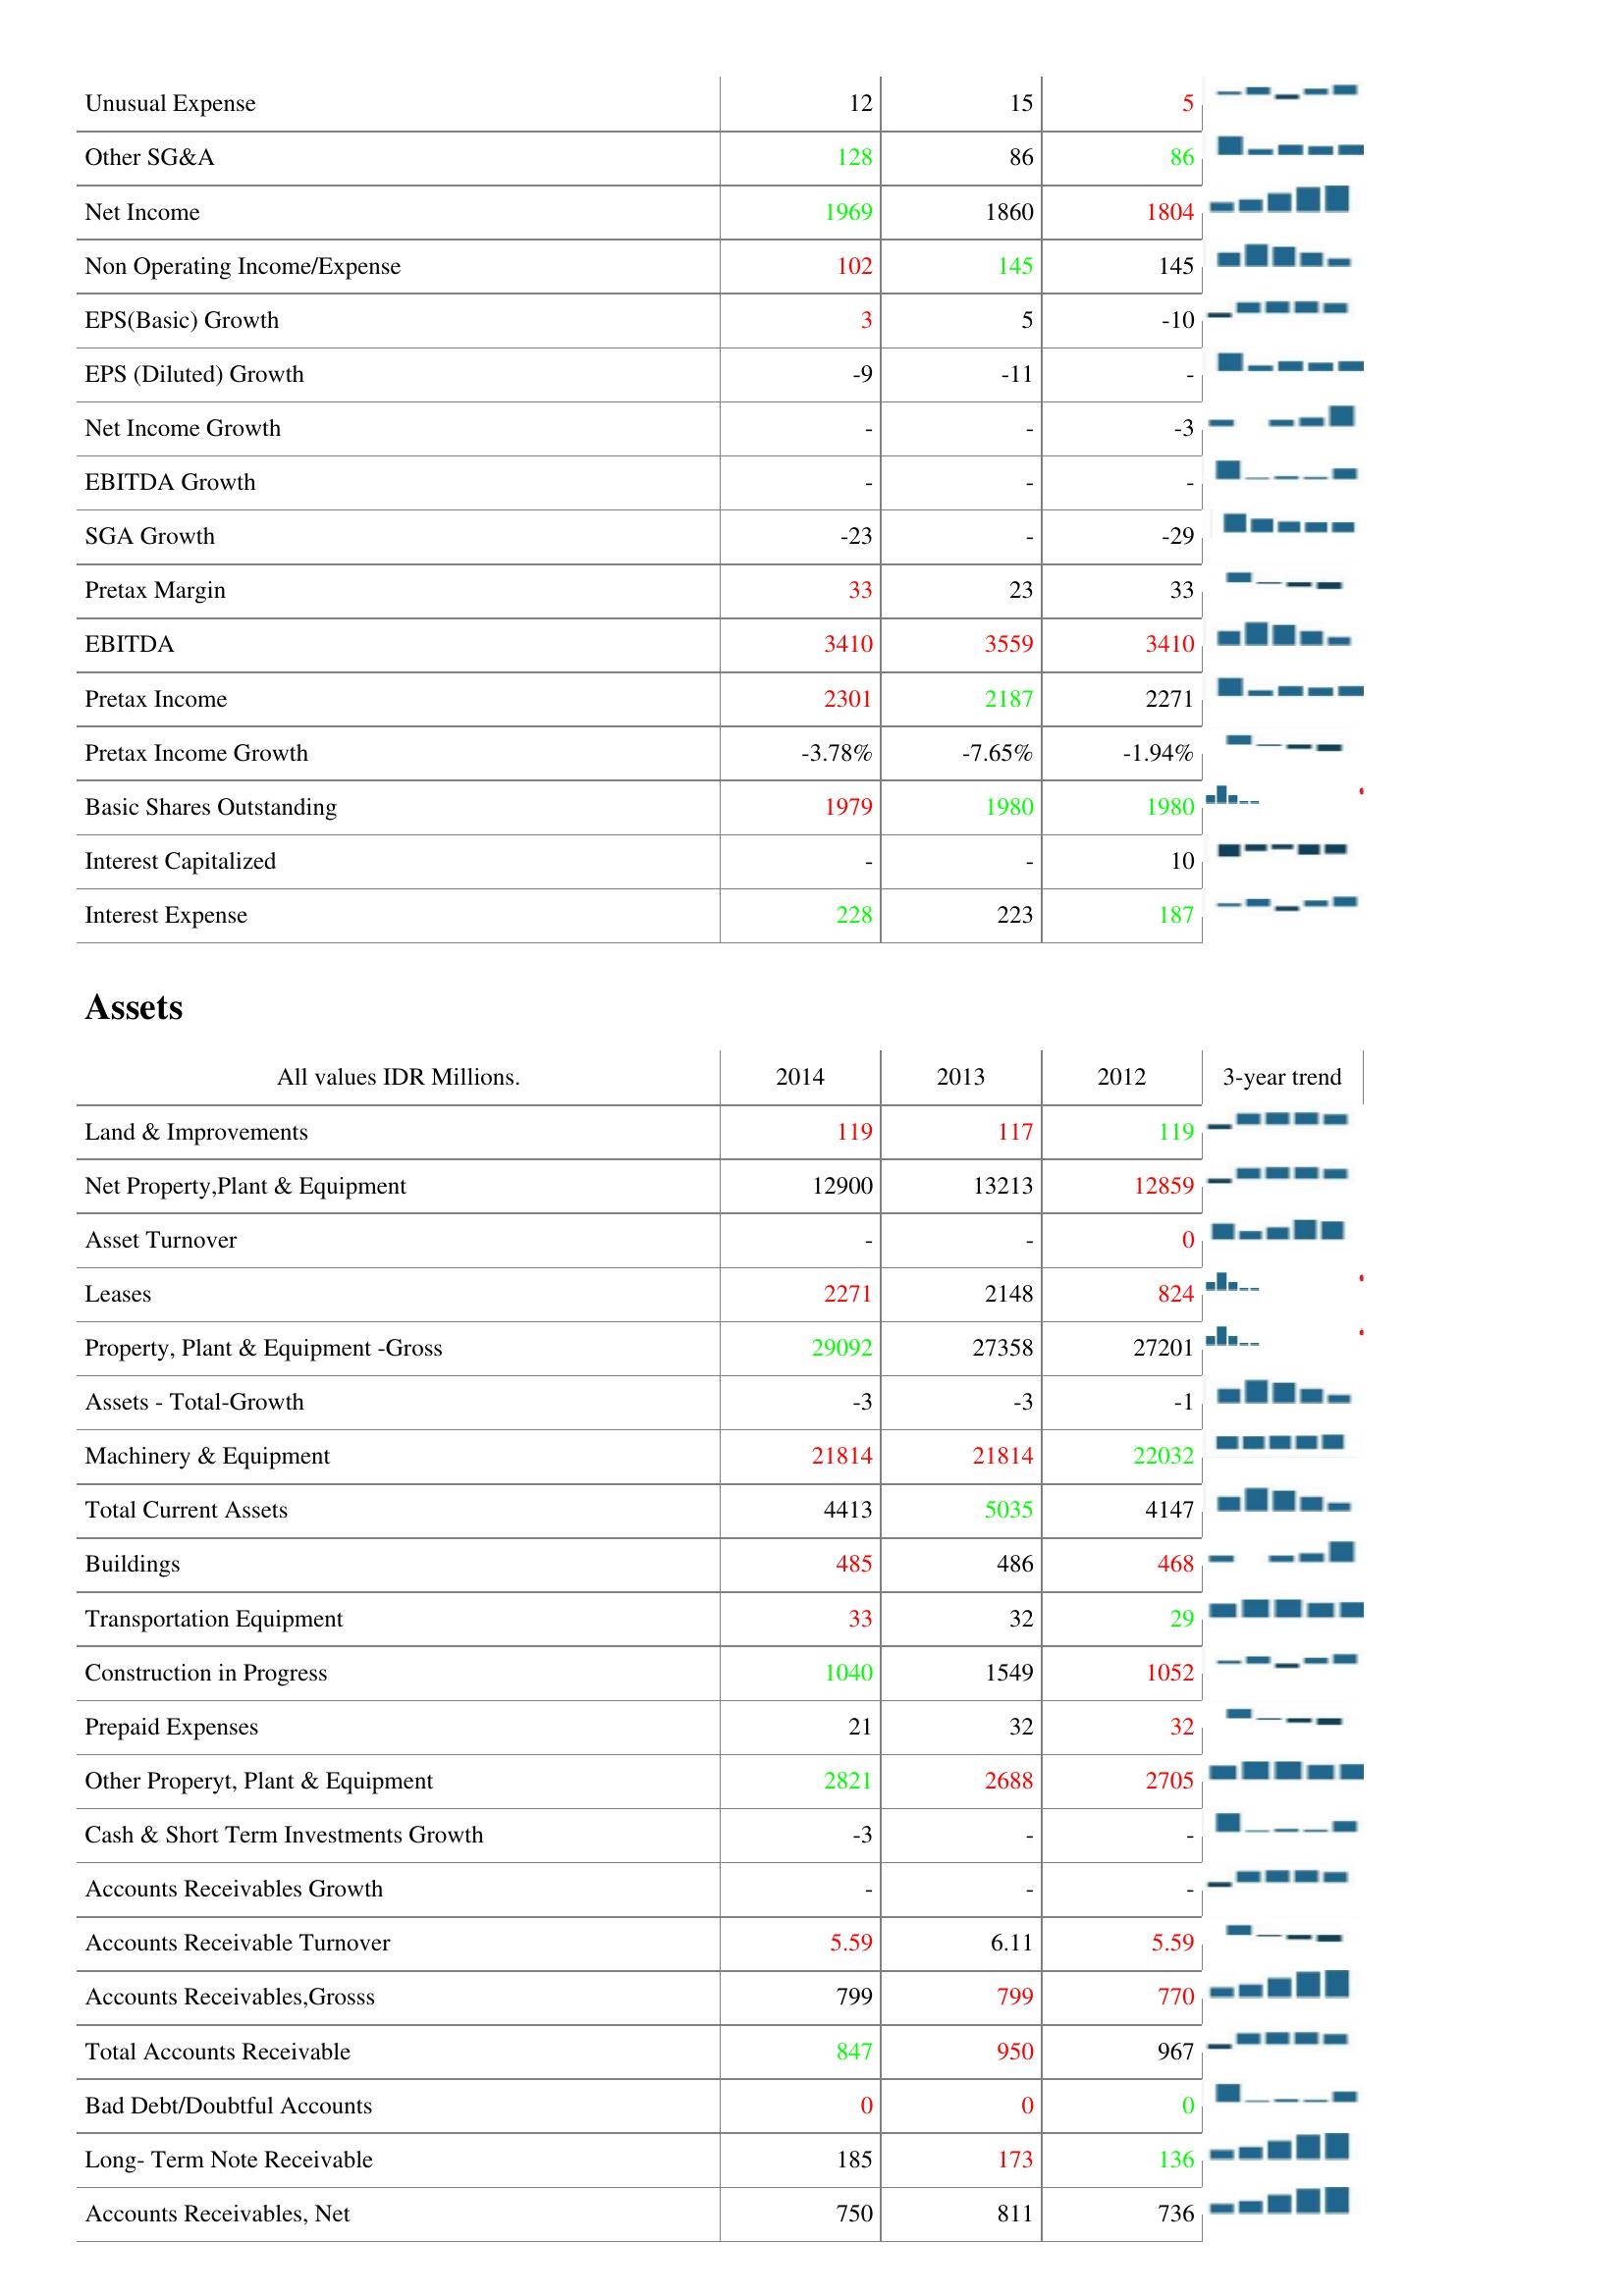
2014: : Unusual Expense: 12
Other SG&A: 128
Net Income: 1969
Non Operating Income/Expense: 102
EPS(Basic) Growth: 3
EPS (Diluted) Growth: -9
Net Income Growth: -
EBITDA Growth: -
SGA Growth: -23
Pretax Margin: 33
EBITDA: 3410
Pretax Income: 2301
Pretax Income Growth: -3.78%
Basic Shares Outstanding: 1979
Interest Capitalized: -
Interest Expense: 228
Assets: Land & Improvements: 119
Net Property,Plant & Equipment: 12900
Asset Turnover: -
Leases: 2271
Property, Plant & Equipment -Gross: 29092
Assets - Total-Growth: -3
Machinery & Equipment: 21814
Total Current Assets: 4413
Buildings: 485
Transportation Equipment: 33
Construction in Progress: 1040
Prepaid Expenses: 21
Other Properyt, Plant & Equipment: 2821
Cash & Short Term Investments Growth: -3
Accounts Receivables Growth: -
Accounts Receivable Turnover: 5.59
Accounts Receivables,Grosss: 799
Total Accounts Receivable: 847
Bad Debt/Doubtful Accounts: 0
Long- Term Note Receivable: 185
Accounts Receivables, Net: 750
2013: : Unusual Expense: 15
Other SG&A: 86
Net Income: 1860
Non Operating Income/Expense: 145
EPS(Basic) Growth: 5
EPS (Diluted) Growth: -11
Net Income Growth: -
EBITDA Growth: -
SGA Growth: -
Pretax Margin: 23
EBITDA: 3559
Pretax Income: 2187
Pretax Income Growth: -7.65%
Basic Shares Outstanding: 1980
Interest Capitalized: -
Interest Expense: 223
Assets: Land & Improvements: 117
Net Property,Plant & Equipment: 13213
Asset Turnover: -
Leases: 2148
Property, Plant & Equipment -Gross: 27358
Assets - Total-Growth: -3
Machinery & Equipment: 21814
Total Current Assets: 5035
Buildings: 486
Transportation Equipment: 32
Construction in Progress: 1549
Prepaid Expenses: 32
Other Properyt, Plant & Equipment: 2688
Cash & Short Term Investments Growth: -
Accounts Receivables Growth: -
Accounts Receivable Turnover: 6.11
Accounts Receivables,Grosss: 799
Total Accounts Receivable: 950
Bad Debt/Doubtful Accounts: 0
Long- Term Note Receivable: 173
Accounts Receivables, Net: 811
2012: : Unusual Expense: 5
Other SG&A: 86
Net Income: 1804
Non Operating Income/Expense: 145
EPS(Basic) Growth: -10
EPS (Diluted) Growth: -
Net Income Growth: -3
EBITDA Growth: -
SGA Growth: -29
Pretax Margin: 33
EBITDA: 3410
Pretax Income: 2271
Pretax Income Growth: -1.94%
Basic Shares Outstanding: 1980
Interest Capitalized: 10
Interest Expense: 187
Assets: Land & Improvements: 119
Net Property,Plant & Equipment: 12859
Asset Turnover: 0
Leases: 824
Property, Plant & Equipment -Gross: 27201
Assets - Total-Growth: -1
Machinery & Equipment: 22032
Total Current Assets: 4147
Buildings: 468
Transportation Equipment: 29
Construction in Progress: 1052
Prepaid Expenses: 32
Other Properyt, Plant & Equipment: 2705
Cash & Short Term Investments Growth: -
Accounts Receivables Growth: -
Accounts Receivable Turnover: 5.59
Accounts Receivables,Grosss: 770
Total Accounts Receivable: 967
Bad Debt/Doubtful Accounts: 0
Long- Term Note Receivable: 136
Accounts Receivables, Net: 736